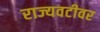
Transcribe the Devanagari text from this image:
राज्यवटीवर